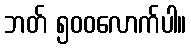
ဘတ် ၅၀၀လောက်ပါ။